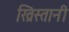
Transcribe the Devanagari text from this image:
ख्रिस्तानी